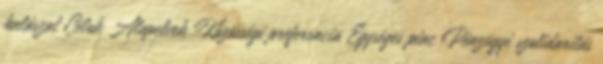
halászat Célok Alapelvek Közösségi preferencia Egységes piac Pénzügyi szolidaritás